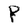
Character: P